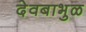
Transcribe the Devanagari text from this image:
देवबाभुळ